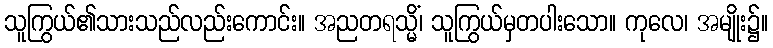
သူကြွယ်၏သားသည်လည်းကောင်း။ အညတရသ္မိံ၊ သူကြွယ်မှတပါးသော။ ကုလေ၊ အမျိုး၌။